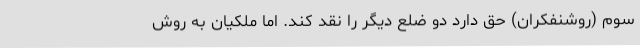
سوم (روشنفکران) حق دارد دو ضلع دیگر را نقد کند. اما ملکیان به روش